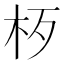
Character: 𱣁